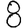
Digit: 8